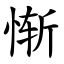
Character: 惭